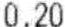
0.20